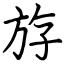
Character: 斿